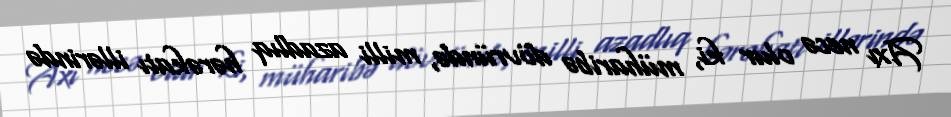
Axı necə olur ki, müharibə dövründə, milli azadlıq hərəkatı illərində